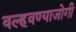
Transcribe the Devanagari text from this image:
वल्हवण्याजोगी